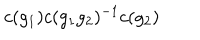
LaTeX: c ( g _ { 1 } ) c ( g _ { 1 } g _ { 2 } ) ^ { - 1 } c ( g _ { 2 } )